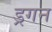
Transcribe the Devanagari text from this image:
ड्रगन